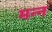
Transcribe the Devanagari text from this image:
मन्न